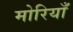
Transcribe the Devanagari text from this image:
मोरियाँ